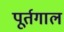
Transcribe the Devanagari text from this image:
पूर्तगाल